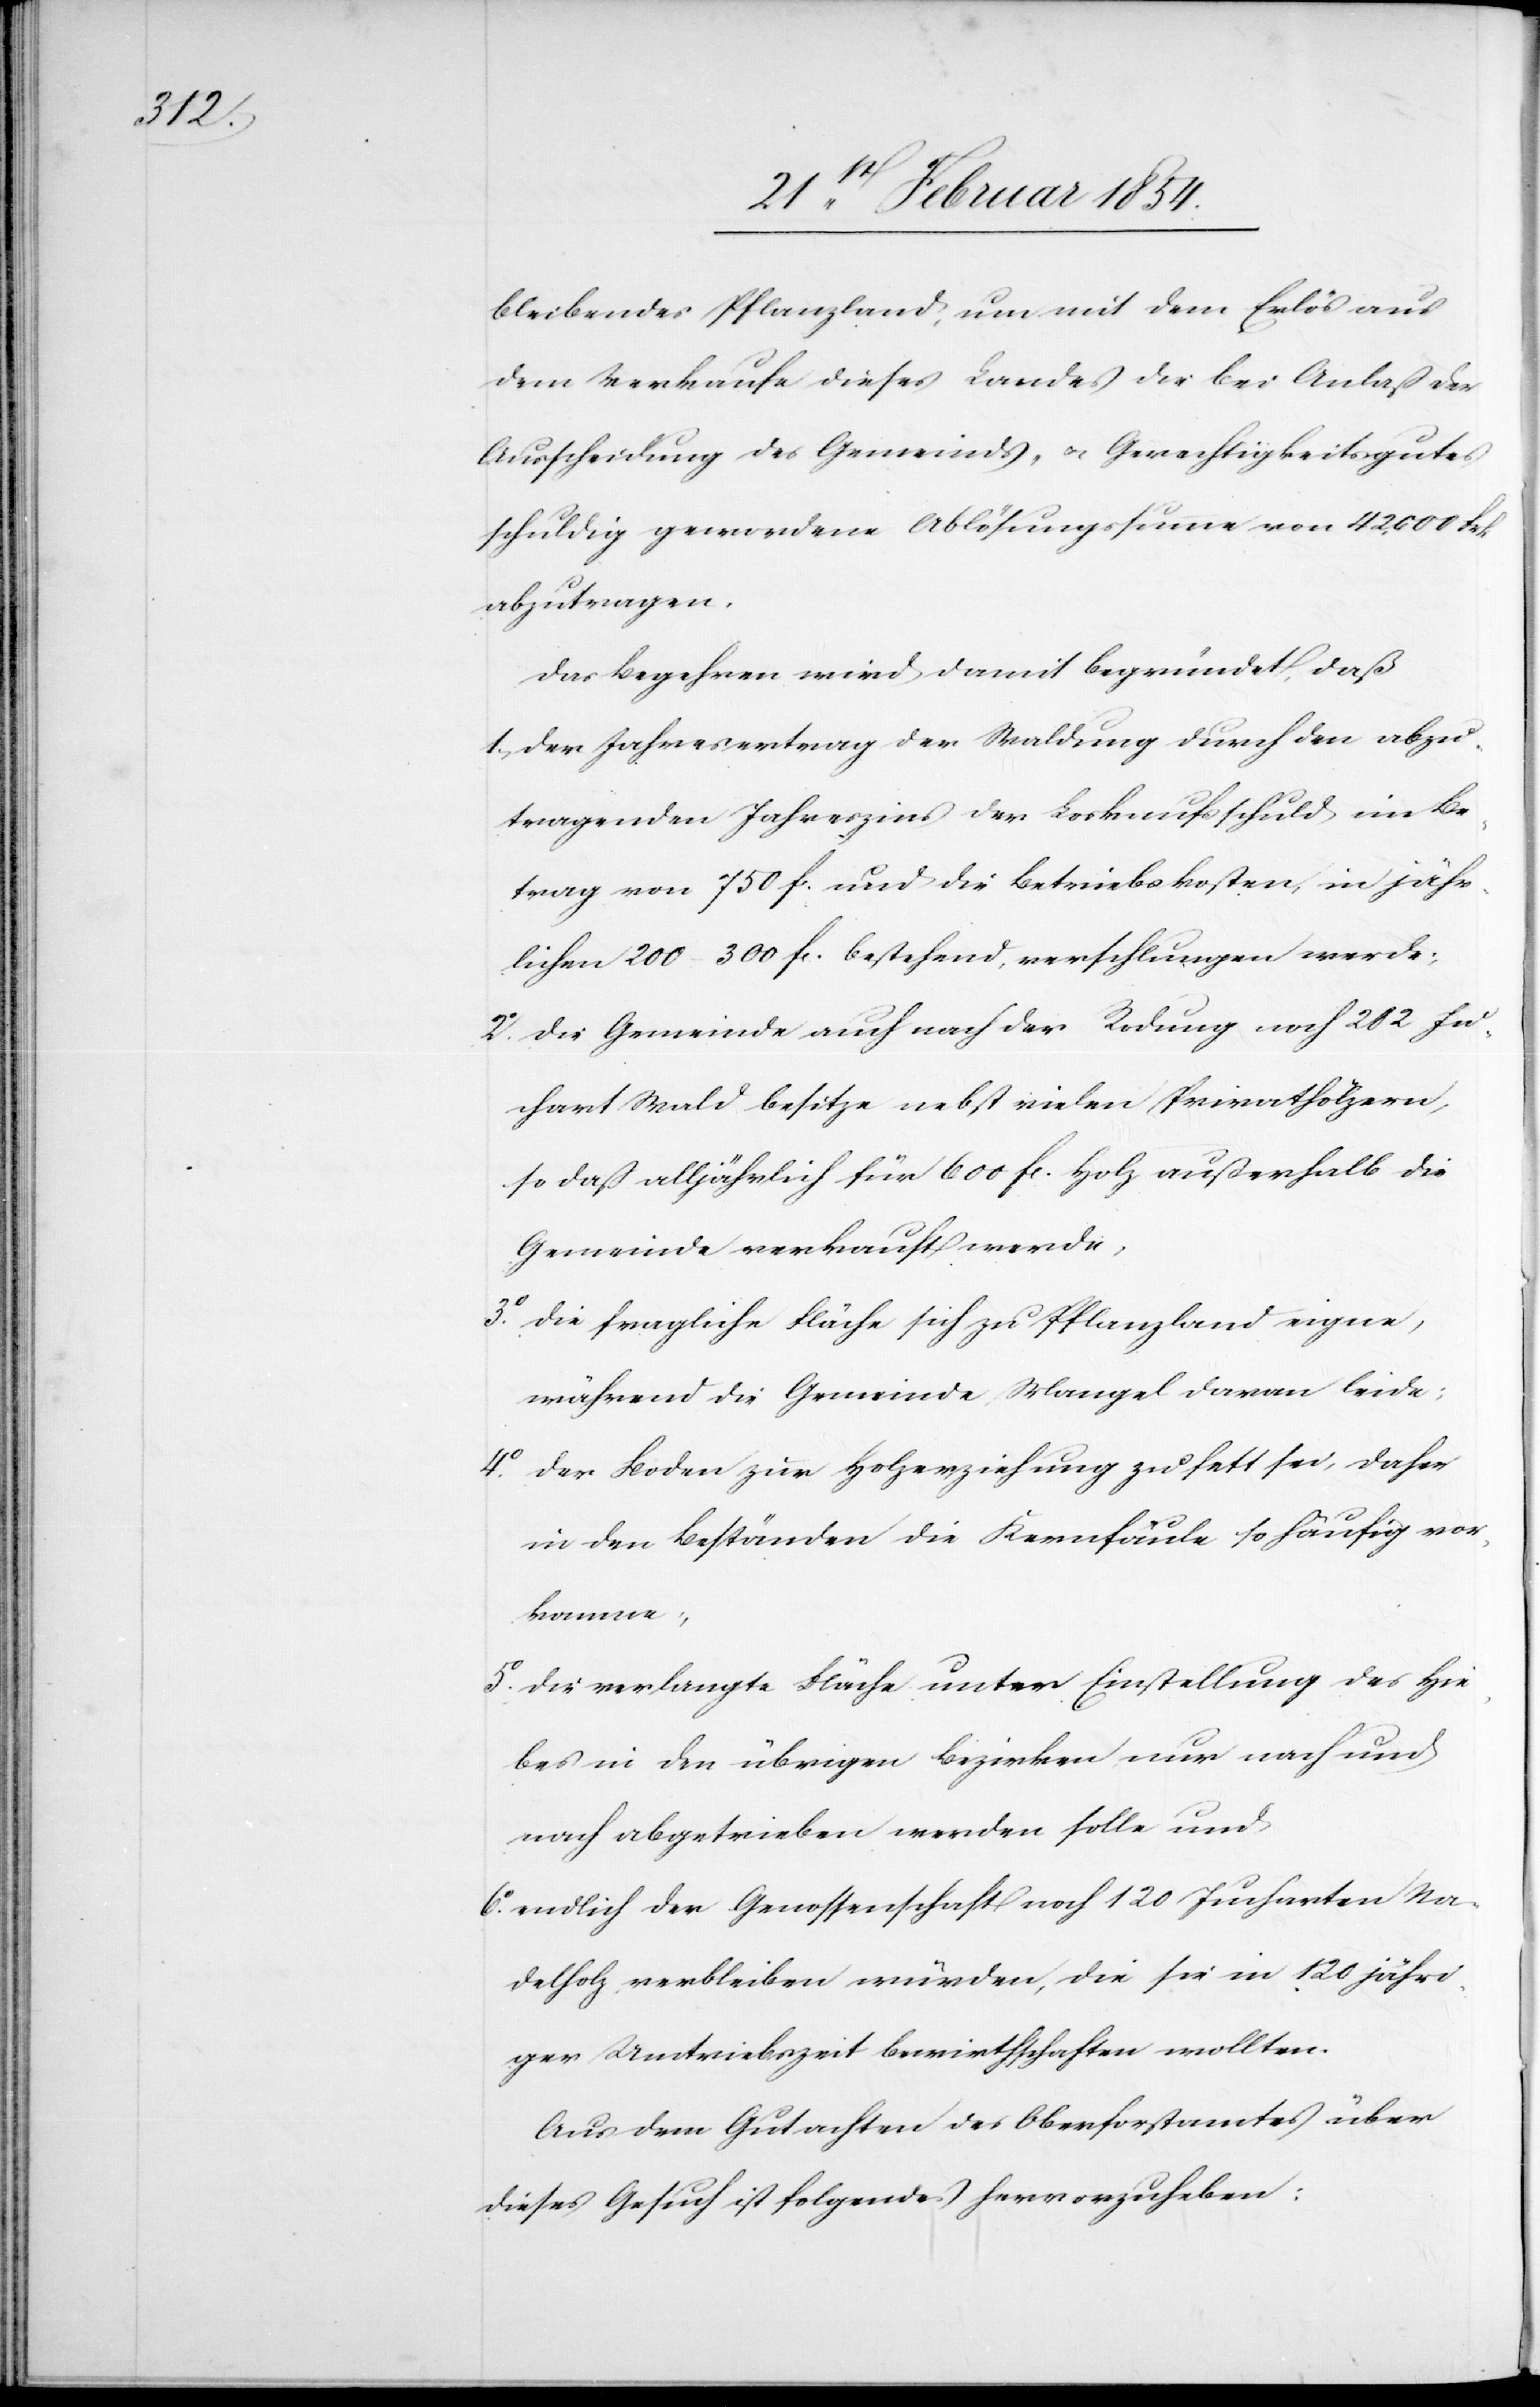
bleibendes Pflanzland, um mit dem Erlös aus
dem Verkaufe dieses Landes die bei Anlaß der
Ausscheidung des Gemeinds- u. Gerechtigkeitsgutes
schuldig gewordene Ablösungssumme von 42. 000 Frk
abzutragen.
Das Begehren wird damit begründet, daß
1. der Jahresertrag der Waldung durch den abzu¬
tragenden Jahreszins der Loskaufsschuld im Be¬
trag von 750 Fc und die Betriebskosten, in jähr¬
lichen 200–300 Fc bestehend, verschlungen werde;
2o die Gemeinde auch nach der Rodung noch 282 Ju¬
chart Wald besitze nebst vielen Privathölzern,
so daß alljährlich für 600 Fc Holz außerhalb die
Gemeinde verkauft werde,
3o die fragliche Fläche sich zu Pflanzland eigne,
während die Gemeinde Mangel daran leide;
4o der Boden zur Holzerziehung zu fett sei, daher
in den Beständen die Kernfäule so häufige vor¬
komme;
5o die verlangte Fläche unter Einstellung des Hie¬
bes in den übrigen Bezirken nur nach und
nach abgetrieben werden solle und
6o endlich der Genossenschaft noch 120 Jucharten Na¬
delholz verbleiben würden, die sie in 120 jähri¬
ger Umtriebszeit bewirthschaften wollten.
Aus dem Gutachten des Oberforstamtes über
dieses Gesuch ist folgendes hervorzuheben: